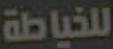
للخياطة